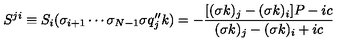
S ^ { j i } \equiv S _ { i } ( \sigma _ { i + 1 } \cdots \sigma _ { N - 1 } \sigma q _ { j } ^ { \prime \prime } k ) = - \displaystyle { \frac { [ ( \sigma k ) _ { j } - ( \sigma k ) _ { i } ] P - i c } { ( \sigma k ) _ { j } - ( \sigma k ) _ { i } + i c } }